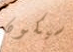
سيكون